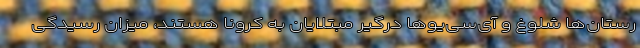
رستان‌ها شلوغ و آی‌سی‌یوها درگیر مبتلایان به کرونا هستند، میزان رسیدگی